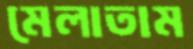
মেলাতাম